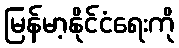
မြန်မာ့နိုင်ငံရေးကို